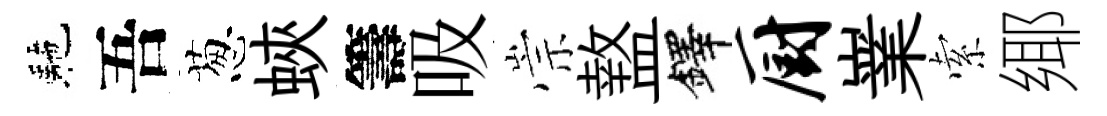
駰吾葱蛺籌吸崇盩鐸厨嶪索鄊